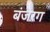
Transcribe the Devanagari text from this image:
बंजरग